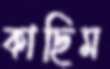
কাছিম